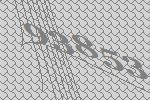
93853